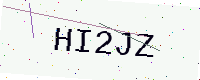
Text: HI2JZ